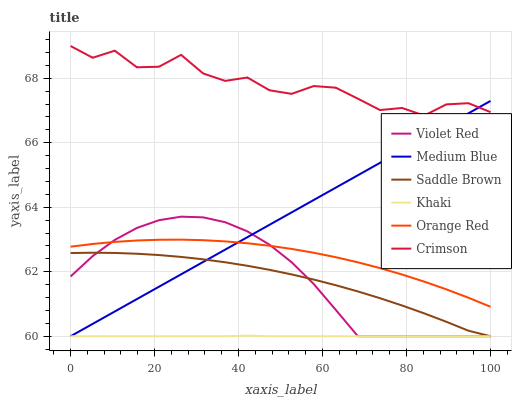
| xaxis_label | Violet Red | Medium Blue | Saddle Brown | Khaki | Orange Red | Crimson |
 | --- | --- | --- | --- | --- | --- | --- |
 | 0 | 61.9 | 60 | 62.6 | 60 | 62.8 | 69 |
 | 5.26 | 62.5 | 60.4 | 62.6 | 60 | 62.9 | 68.6 |
 | 10.5 | 63 | 60.8 | 62.6 | 60 | 62.9 | 68.9 |
 | 15.8 | 63.4 | 61.2 | 62.6 | 60 | 63 | 68.3 |
 | 21.1 | 63.6 | 61.5 | 62.5 | 60 | 63 | 68.4 |
 | 26.3 | 63.7 | 61.9 | 62.5 | 60 | 63 | 68.7 |
 | 31.6 | 63.7 | 62.3 | 62.4 | 60 | 63 | 68.1 |
 | 36.8 | 63.5 | 62.7 | 62.3 | 60 | 62.9 | 67.9 |
 | 42.1 | 63.3 | 63.1 | 62.2 | 60 | 62.9 | 68 |
 | 47.4 | 62.8 | 63.5 | 62.1 | 60 | 62.8 | 67.6 |
 | 52.6 | 62.3 | 63.8 | 61.9 | 60 | 62.7 | 67.5 |
 | 57.9 | 61.6 | 64.2 | 61.8 | 60 | 62.6 | 67.8 |
 | 63.2 | 60.8 | 64.6 | 61.6 | 60 | 62.5 | 67.7 |
 | 68.4 | 60 | 65 | 61.4 | 60 | 62.3 | 67.4 |
 | 73.7 | 60 | 65.4 | 61.2 | 60 | 62.1 | 67 |
 | 78.9 | 60 | 65.8 | 61 | 60 | 61.9 | 67.1 |
 | 84.2 | 60 | 66.1 | 60.7 | 60 | 61.7 | 66.8 |
 | 89.5 | 60 | 66.5 | 60.4 | 60 | 61.5 | 67.2 |
 | 94.7 | 60 | 66.9 | 60.2 | 60 | 61.2 | 67.2 |
 | 100 | 60 | 67.3 | 60 | 60 | 60.9 | 67 |